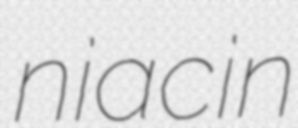
niacin